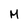
Character: M